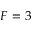
F = 3